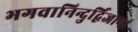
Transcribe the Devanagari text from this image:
भगवानिन्दुर्द्विजानां